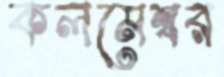
কলমেশ্বর